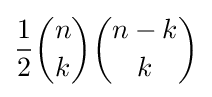
{\frac {1}{2}}{\binom {n}{k}}{\binom {n-k}{k}}